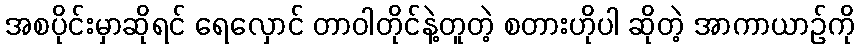
အစပိုင်းမှာဆိုရင် ရေလှောင် တာဝါတိုင်နဲ့တူတဲ့ စတားဟိုပါ ဆိုတဲ့ အာကာယာဉ်ကို